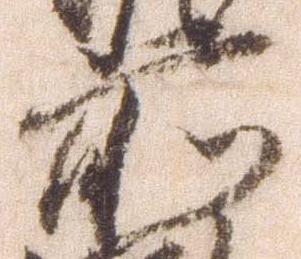
前